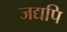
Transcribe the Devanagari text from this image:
जद्यपि